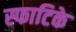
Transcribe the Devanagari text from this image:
स्फाटिके